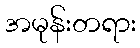
အမုန်းတရား